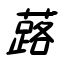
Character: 蕗